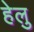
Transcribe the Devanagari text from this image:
हेलु